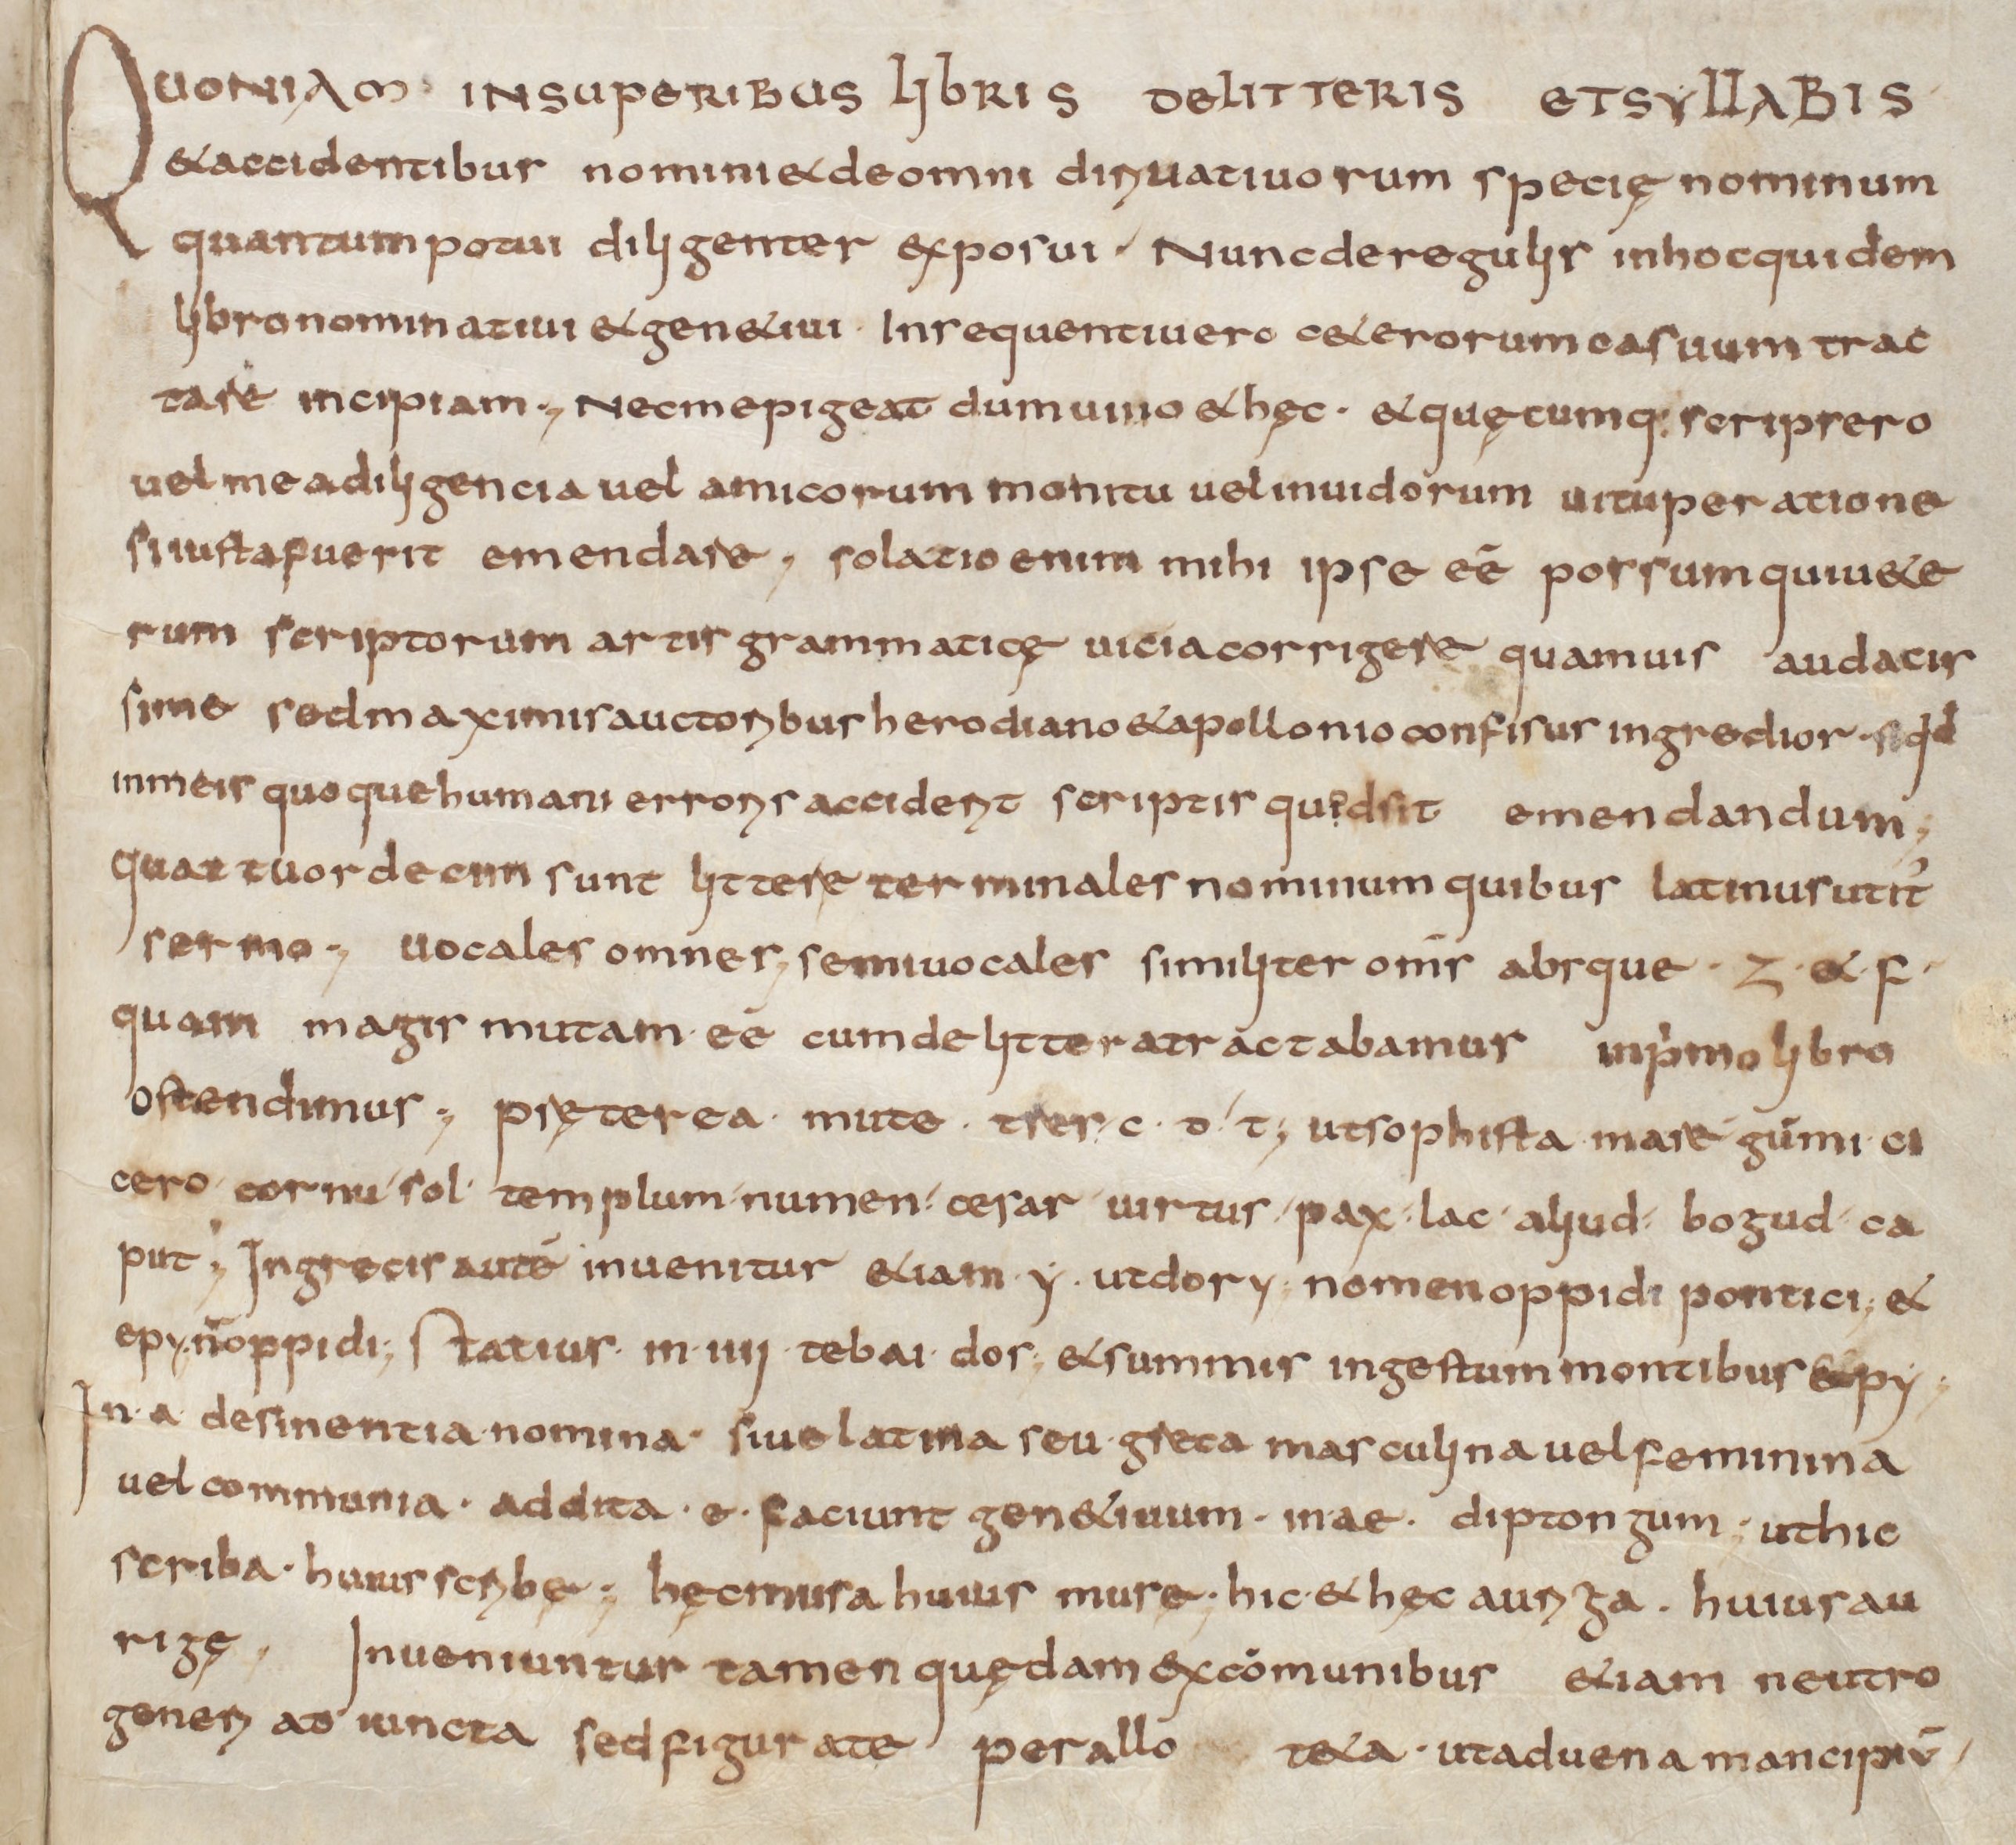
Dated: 900–999